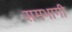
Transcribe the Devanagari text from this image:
समभागी